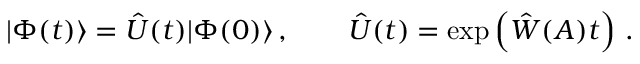
| \Phi ( t ) \rangle = \hat { U } ( t ) | \Phi ( 0 ) \rangle \, , \qquad \hat { U } ( t ) = \exp \left( \hat { W } ( A ) t \right) \, .